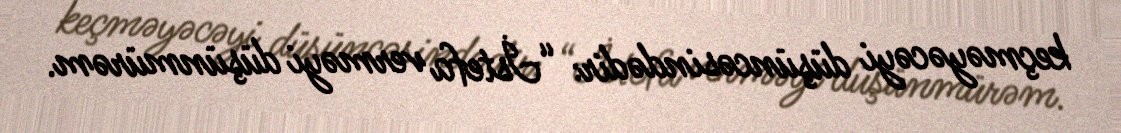
keçməyəcəyi düşüncəsindədir: “İstefa verməyi düşünmürəm.